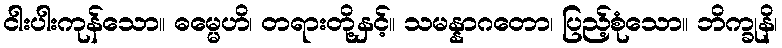
ငါးပါးကုန်သော။ ဓမ္မေဟိ၊ တရားတို့နှင့်။ သမန္နာဂတော၊ ပြည့်စုံသော။ ဘိက္ခုနိ၊